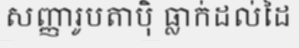
សញ្ញារូបតាប៉ិ ធ្លាក់ដល់ដៃ